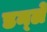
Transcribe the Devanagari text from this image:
डर्न्ले